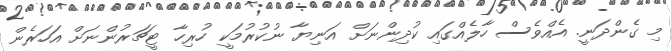
މި ގެންދަނީ. އެއްވެސް ހާލެއްގައި ކުދިންނަށް އަނިޔާ ނުކުރުމަކީ ހުރިހާ ޓީޗަރުންނަށް އަހަރެން